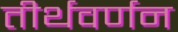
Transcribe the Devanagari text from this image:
तीर्थवर्णन